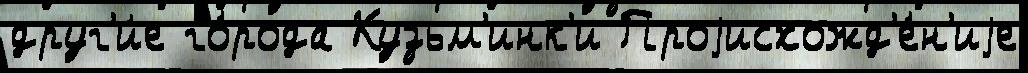
друг'и́е го́рода Кузьм'инк'и Проjисхожд'е́н'иjе